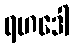
ရဟဒေါ